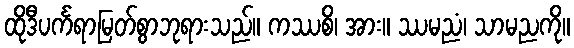
ထိုဒီပင်္ကရာမြတ်စွာဘုရားသည်။ ကဿစိ၊ အား။ ဿမညံ၊ သာမညကို။